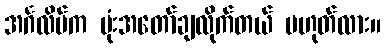
အင်္ဂလိပ်က ဗုံးအတော်ချလိုက်တယ် မဟုတ်လား။